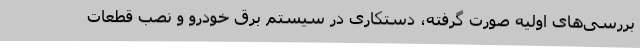
بررسی‌های اولیه صورت گرفته، دستکاری در سیستم برق خودرو و نصب قطعات